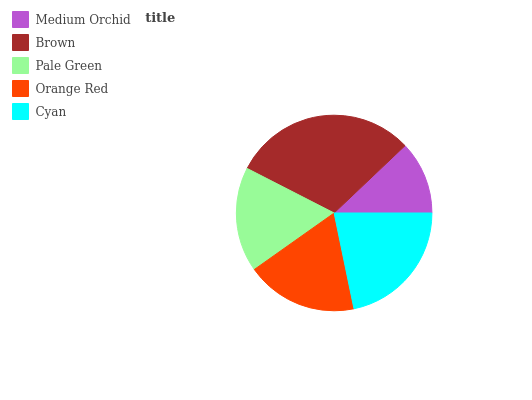
| Medium Orchid | Brown | Pale Green | Orange Red | Cyan |
 | --- | --- | --- | --- | --- |
 | 12.1% | 30.4% | 17.3% | 18.4% | 21.8% |